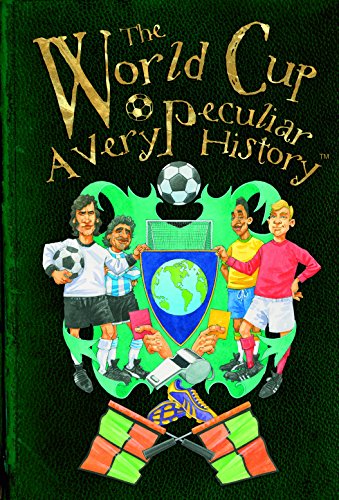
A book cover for The World Cup: A Very Peculiar History; David Arscott; Teen & Young Adult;